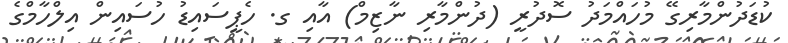
ކުޑަދުންމާރިގޭ މުހައްމަދު ސޮދުރީ (ދުންމާރި ނާޒިމް) އާއި ގ. ހެޕީސައިޑު ހުސައިން އިލްހާމްގެ